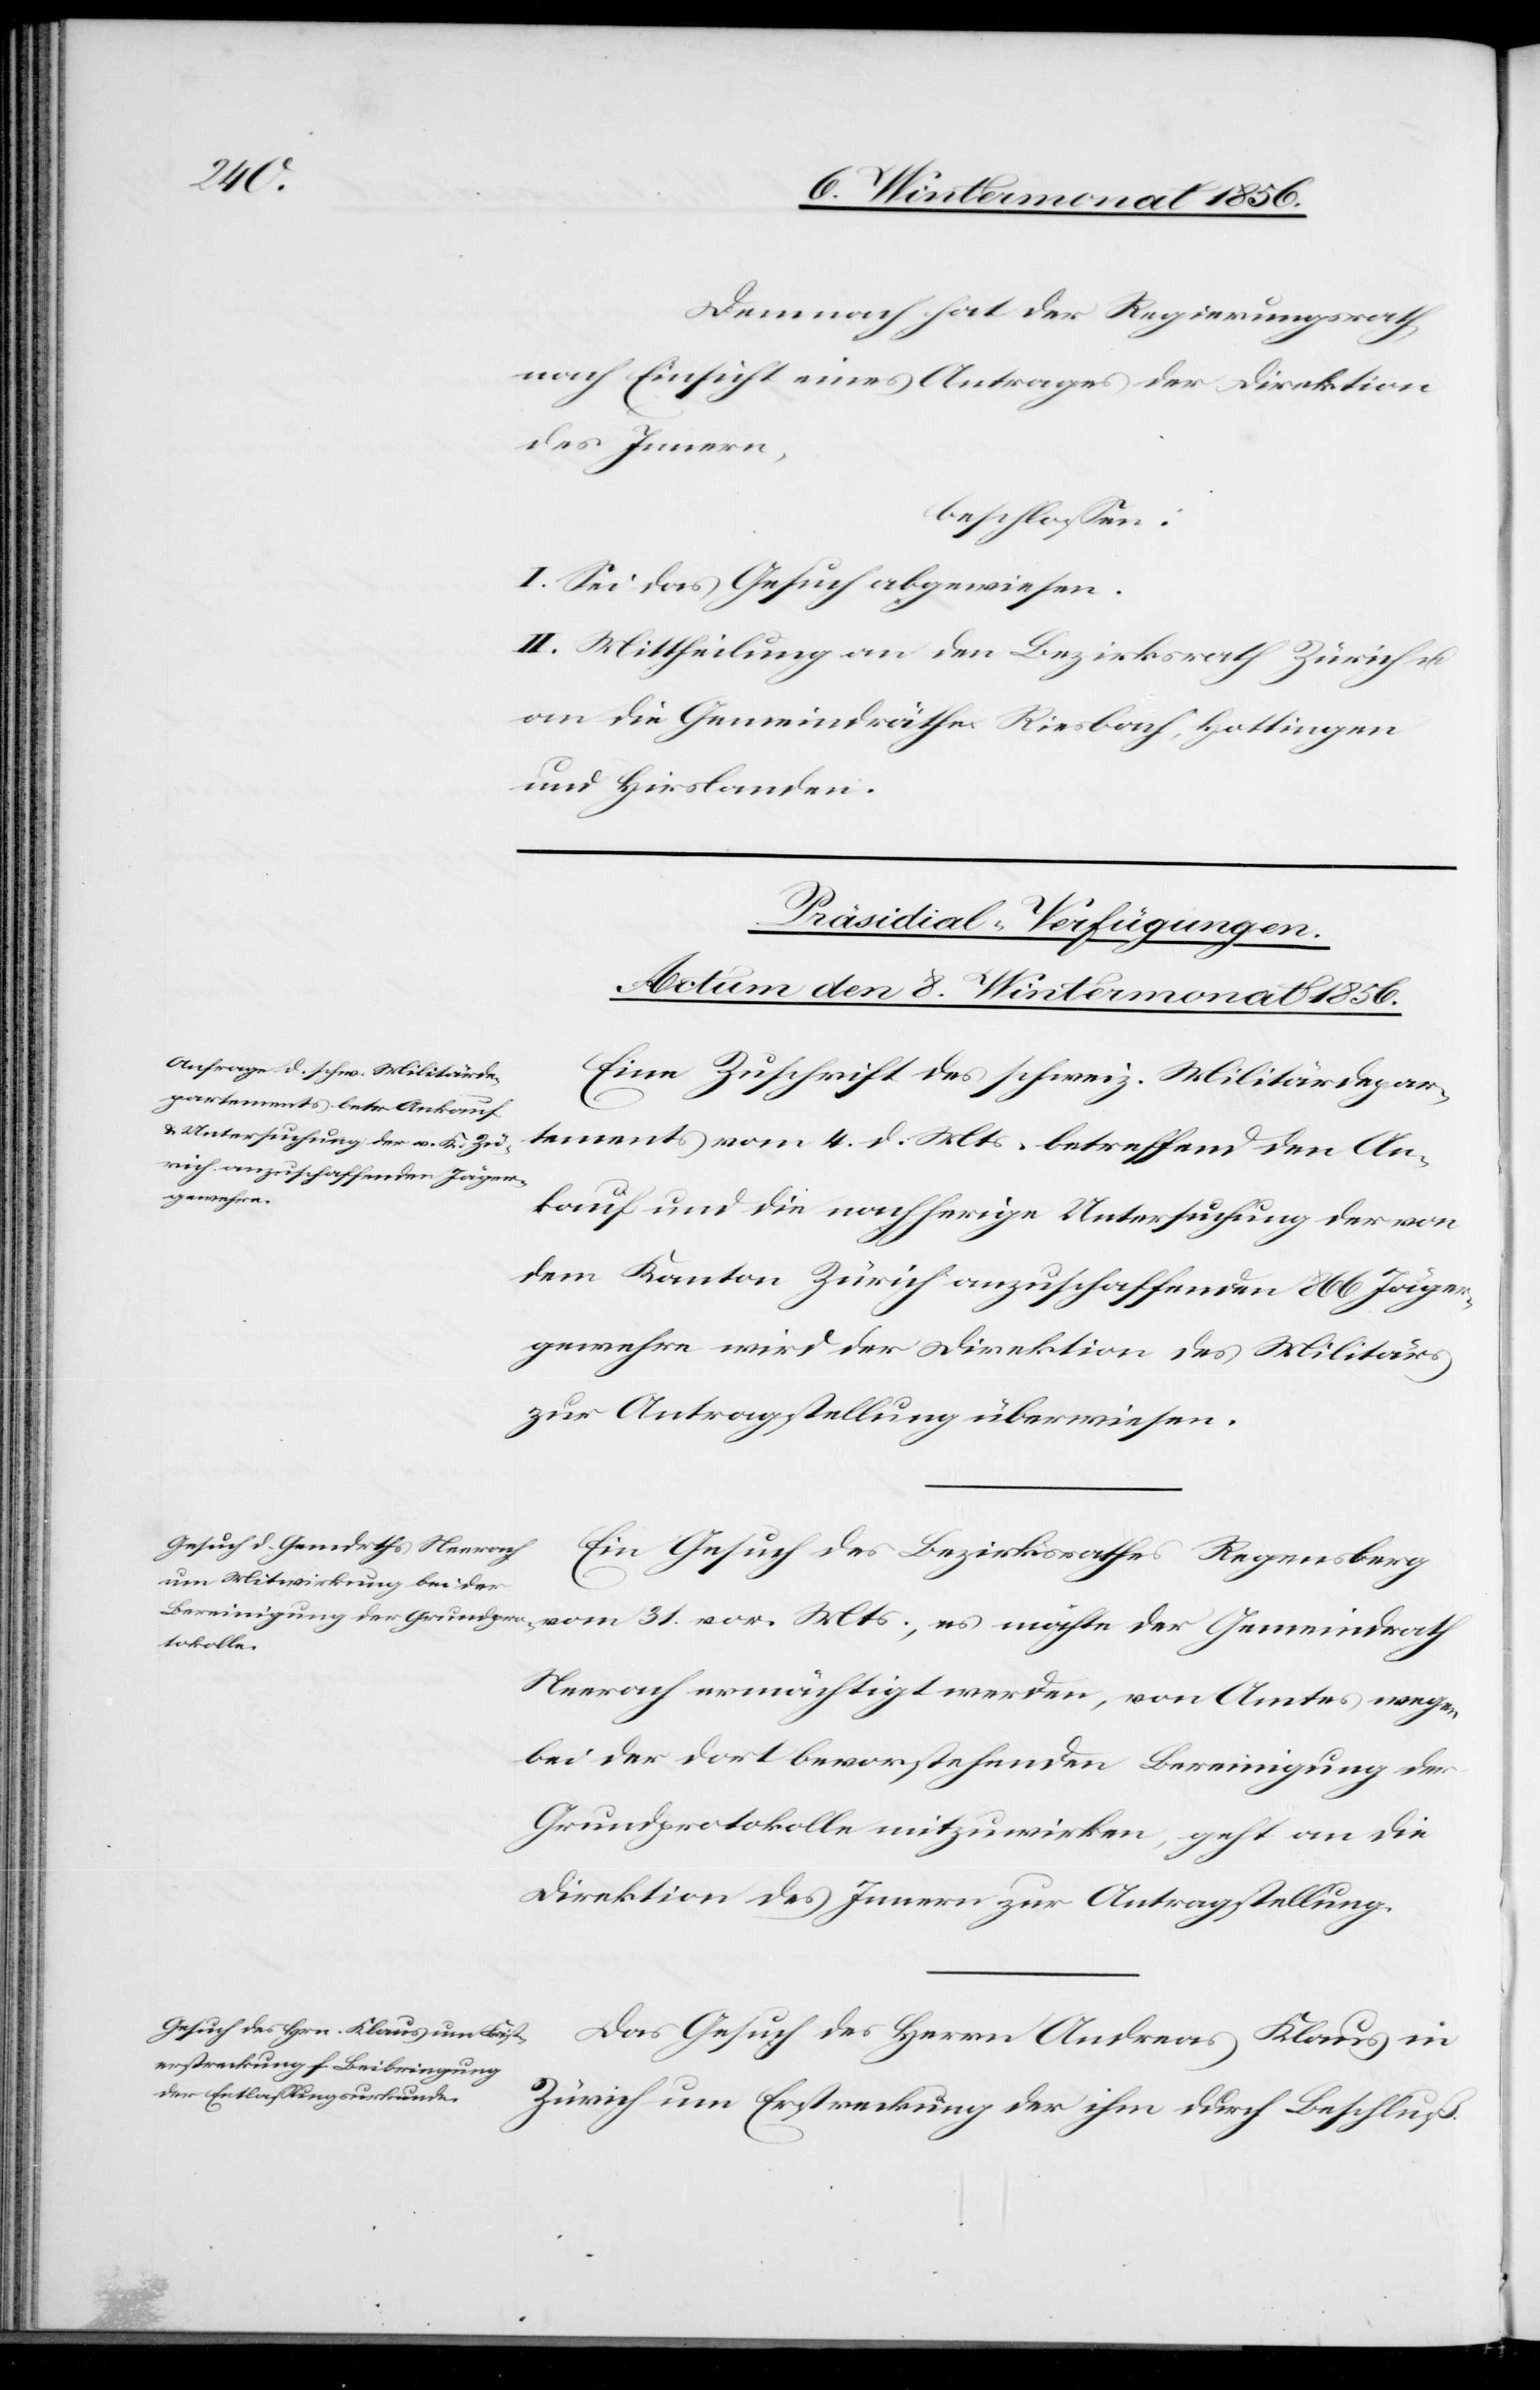
31.
Demnach hat der Regierungsrath,
nach Einsicht eines Antrages der Direktion
des Innern,
beschlossen:
I. Sei das Gesuch abgewiesen.
II. Mittheilung an den Bezirksrath Zürich u.
an die Gemeindräthe Riesbach, Hottingen
und Hirslanden.
[Präsidial-Verfügungen.
Actum den 8. Wintermonat 1856.]
Eine Zuschrift des schweiz. Militärdepar¬
tements vom 4. d. Mts. betreffend den An¬
Gemeindrath
kauf und die nachherige Untersuchung der von
dem Kanton Zürich anzuschaffenden 866 Jäger¬
gewehre wird der Direktion des Militärs
zur Antragstellung überwiesen.
Ein Gesuch des Bezirksrathes Regensberg
Neerach ermächtigt werden, von Amtes wegen
bei der dort bevorstehenden Bereinigung der
Grundprotokolle mitzuwirken, geht an die
Direktion des Innern zur Antragstellung.
Das Gesuch des Herrn Andreas Klaus in
Zürich um Erstreckung der ihm durch Beschluß